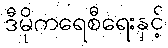
ဒီမိုကရေစီရေးနှင့်